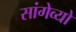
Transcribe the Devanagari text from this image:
सांगेव्यो